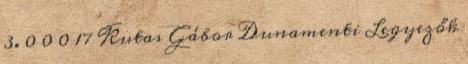
3. 0 0 0 17 Kutas Gábor Dunamenti Legyezők